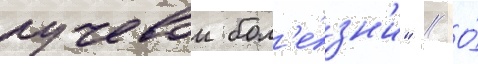
лучевои бол'е́зн'и" // О́